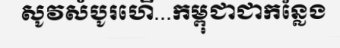
សូវសំបូរហើ...កម្ពុជាជាកន្លែង